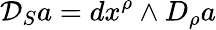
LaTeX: {\cal{D}}_{S}a=dx^{\rho}\wedge D_{\rho}a